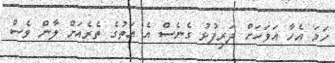
ހަމަ އެހާ އަވަހަށް ދަރިފުޅު ގެނެސް އެ އަތުގެ ތެރެއަށް ލާން ވެސް